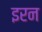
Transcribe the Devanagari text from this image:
इरन